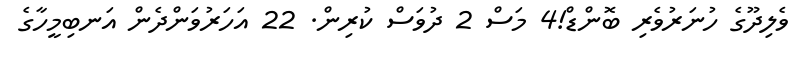
ވެލިދޫގެ ހުނަރުވެރި ބޮންޑް!4 މަސް 2 ދުވަސް ކުރިން. 22 އަހަރުވަންދެން އަނބިމީހާގެ